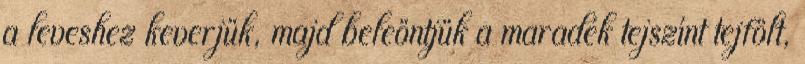
a leveshez keverjük, majd beleöntjük a maradék tejszínt tejfölt,